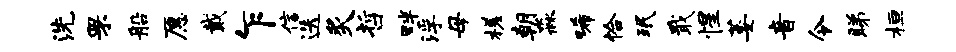
洗罘船愿戴乍信迭炙哲畔浮母槎朝淼唏恰珉戢惺萎音令睇桓